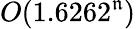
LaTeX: O(1.6262^{\mathfrak{n}})